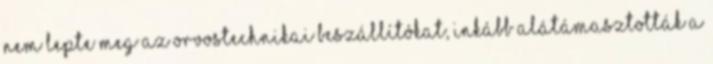
nem lepte meg az orvostechnikai beszállítókat, inkább alátámasztották a